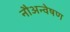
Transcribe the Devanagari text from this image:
नौअन्वेषण